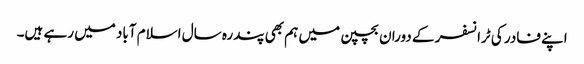
اپنے فادر کی ٹرانسفر کے دوران بچپن میں ہم بھی پندرہ سال اسلام آباد میں رہے ہیں۔